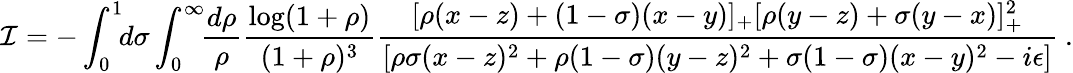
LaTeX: {\cal I}=-\int_{0}^{1}\! \! d\sigma\int_{0}^{\infty}\! \! {\frac{d\rho}{\rho}}{\frac{\log(1+\rho)}{(1+\rho)^{3}}}{\frac{[\rho(x-z)+(1-\sigma)(x-y)]_{+}[\rho(y-z)+\sigma(y-x)]_{+}^{2}}{[\rho\sigma(x-z)^{2}+\rho(1-\sigma)(y-z)^{2}+\sigma(1-\sigma)(x-y)^{2}-i\epsilon]}}\ .